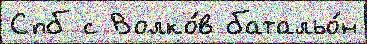
Спб с Волко́в батальо́н